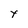
Character: y